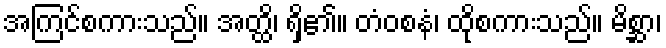
အကြင်စကားသည်။ အတ္ထိ၊ ရှိ၏။ တံဝစနံ၊ ထိုစကားသည်။ မိစ္ဆာ၊